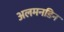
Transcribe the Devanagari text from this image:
अलमनडिन